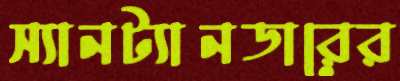
স্যানট্যানডারের